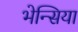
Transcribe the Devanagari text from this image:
भेन्सिया